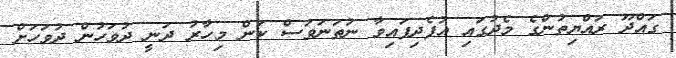
ގައްދޫ ރައްޔިތުންގެ މެދުގައި އުފެދިފައިވާ ނުތަނަވަސް ކަން މިހާރު ދަނީ ދުވަހުން ދުވަހަށް